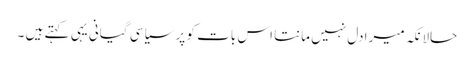
حالانکہ میرا دل نہیں مانتا اس بات کو پر سیاسی گیانی یہی کہتے ہیں ۔